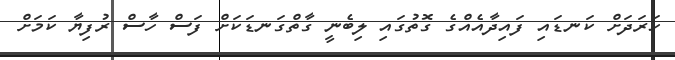
ހަރަދަށް ކަނޑައި ފައިދާއެއްގެ ގޮތުގައި ލިބެނީ ގާތްގަނޑަކަށް ފަސް ހާސް ރުފިޔާ ކަމަށް